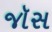
જૉસ